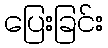
ပြေးခြင်း